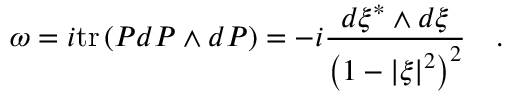
\omega = i \mathrm { t r } \left( { P d P \wedge d P } \right) = - i { \frac { d \xi ^ { * } \wedge d \xi } { \left( { 1 - \left| \xi \right| ^ { 2 } } \right) ^ { 2 } } } \quad .